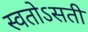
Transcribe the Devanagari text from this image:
स्वतोऽसती